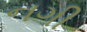
નગી